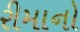
રીમાનો